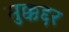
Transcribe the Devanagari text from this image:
मुक्कद्दर